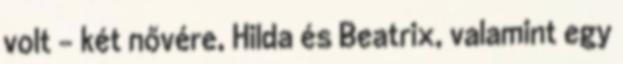
volt – két nővére, Hilda és Beatrix, valamint egy